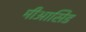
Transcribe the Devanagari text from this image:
मीआसिड